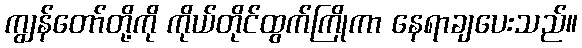
ကျွန်တော်တို့ကို ကိုယ်တိုင်ထွက်ကြိုကာ နေရာချပေးသည်။